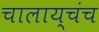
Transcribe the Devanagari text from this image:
चालाय्चंच